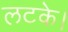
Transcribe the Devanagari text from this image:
लटके।